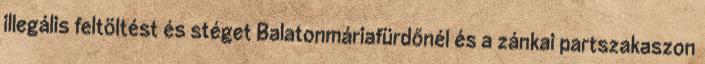
illegális feltöltést és stéget Balatonmáriafürdőnél és a zánkai partszakaszon